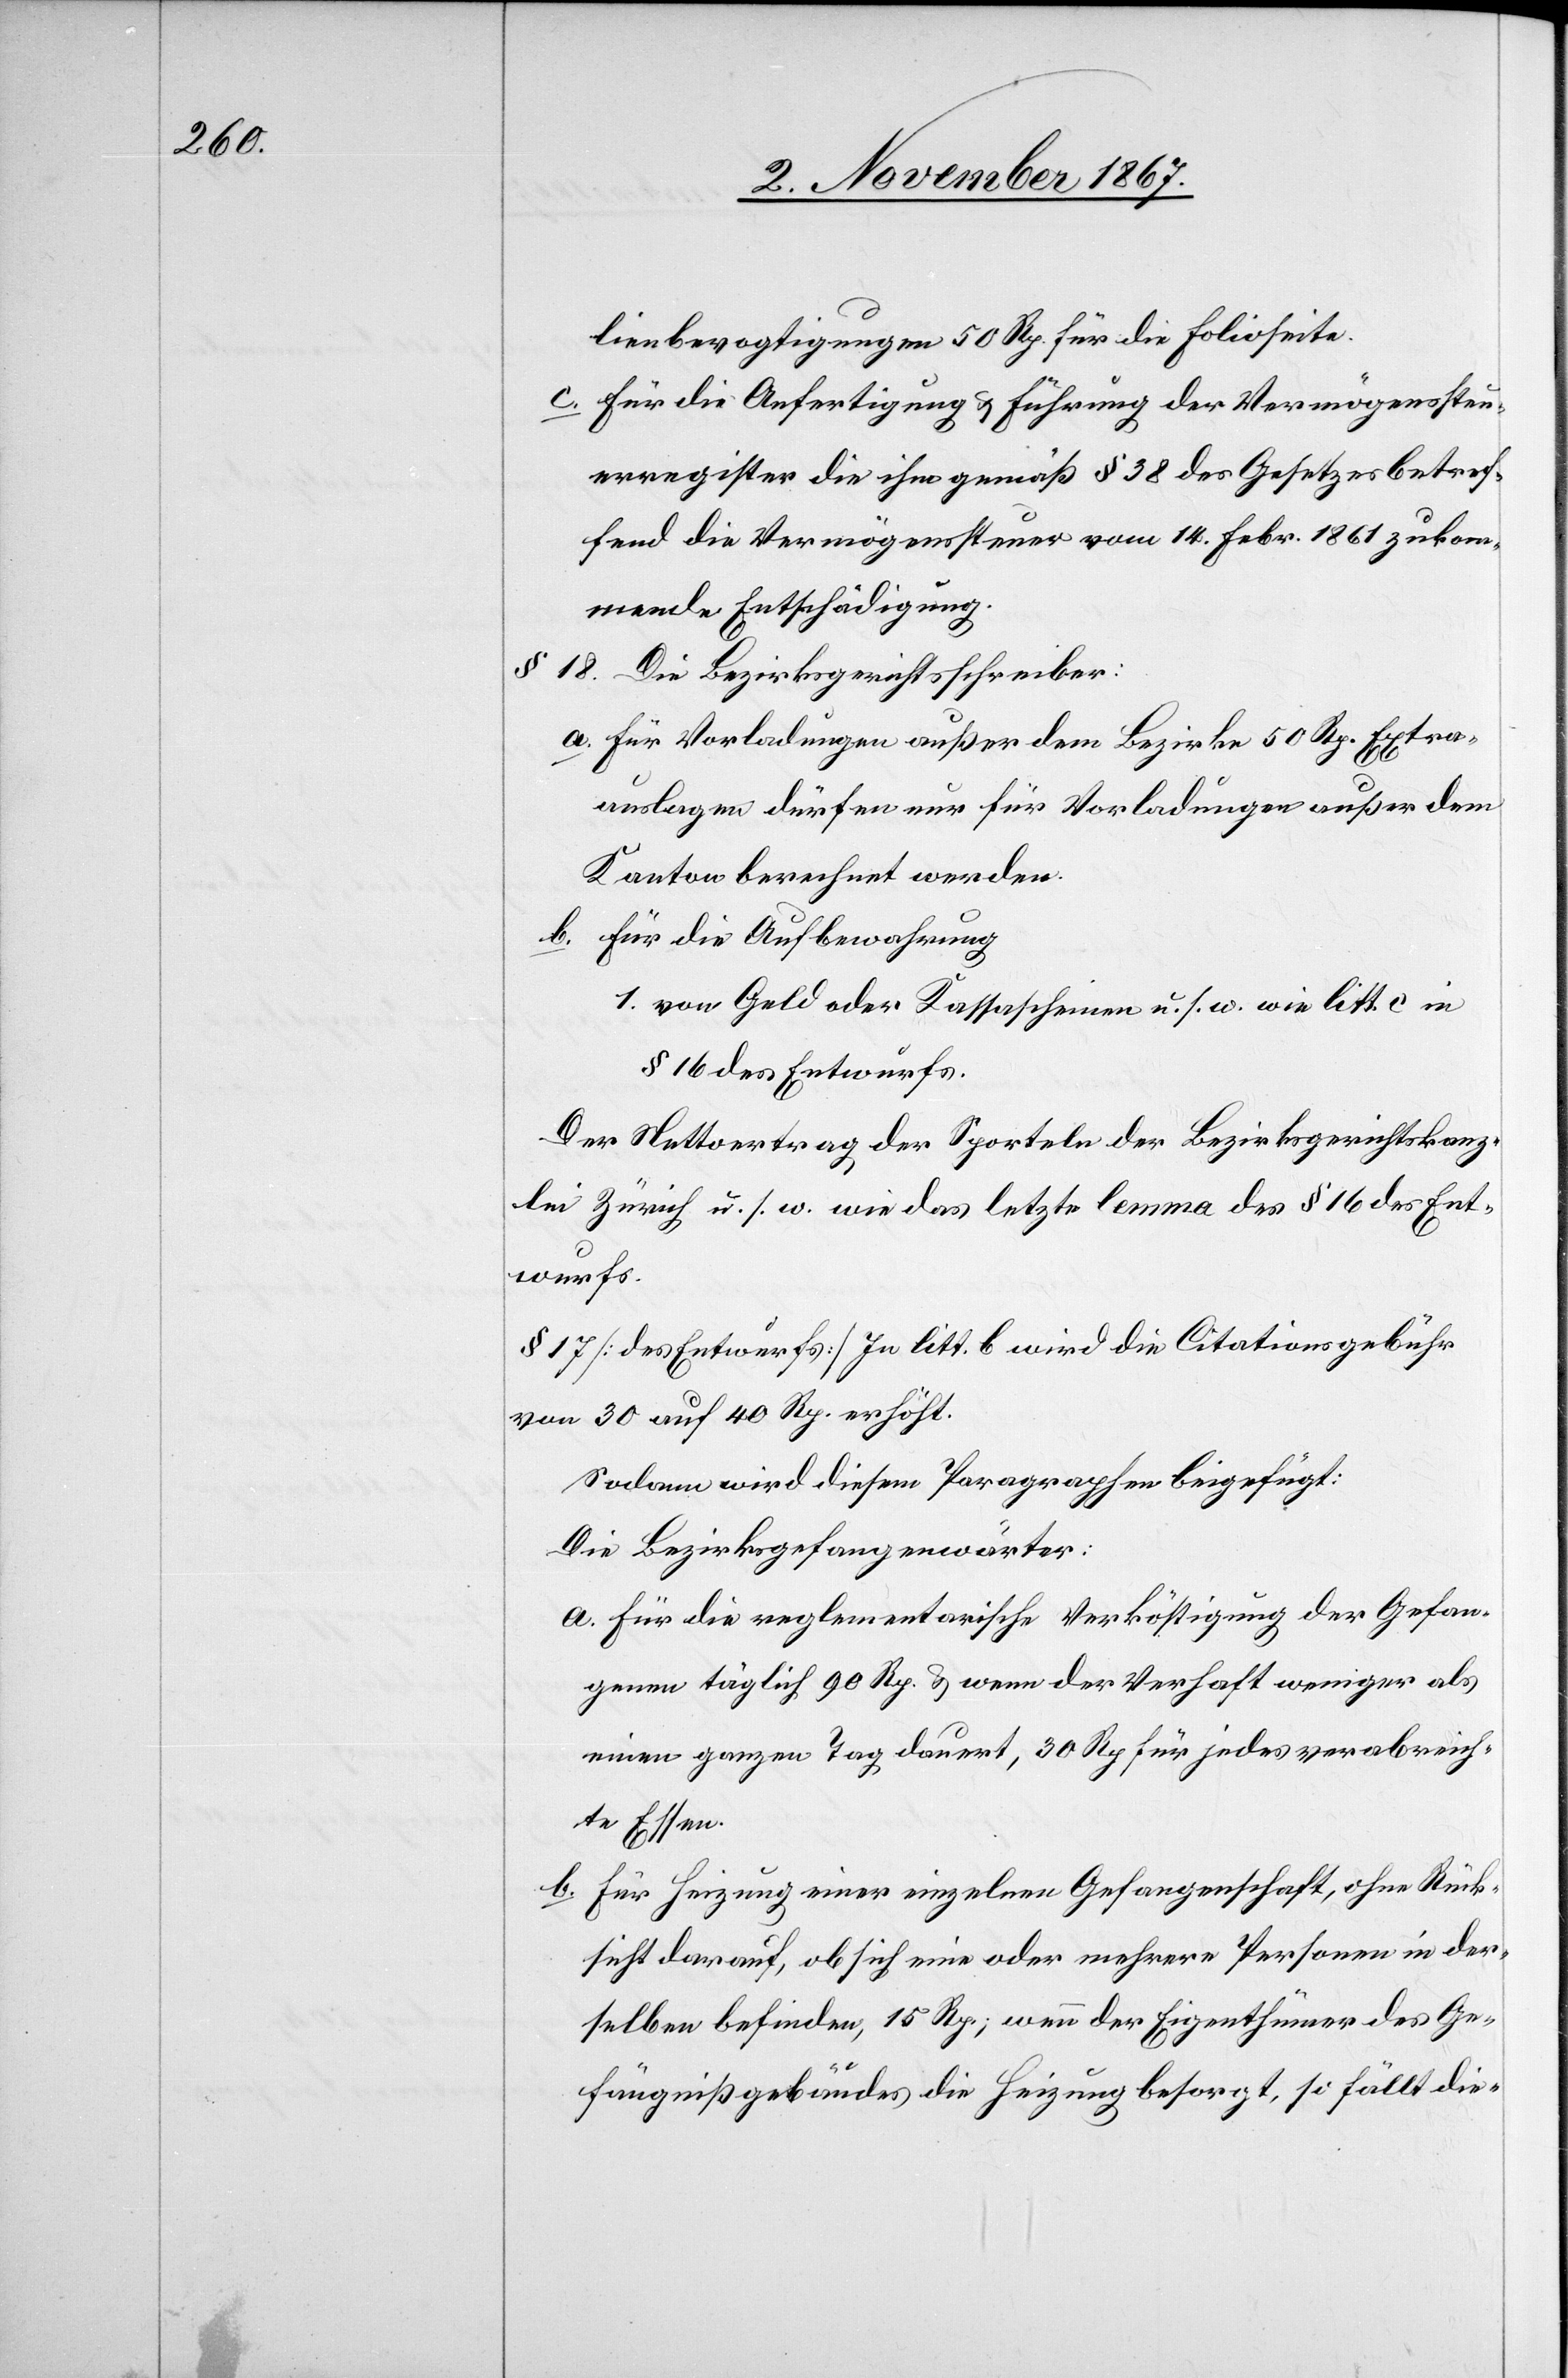
lienbevogtigungen 50 Rp. für die Folioseite.
c. für die Anfertigung u. Führung der Vermögenssteu¬
erregister die ihm gemäß § 38 des Gesetzes betref¬
fend die Vermögenssteuer vom 14. Febr 1861 zukom¬
mende Entschädigung.
§ 18. Die Bezirksgerichtsschreiber:
a. für Vorladungen außer dem Bezirke 50 Rp. Extra¬
auslagen dürfen nur für Vorladungen außer dem
Kanton berechnet werden.
b. für die Aufbewahrung
1. von Geld oder Kassascheinen u. s. w. wie litt. c in
§ 16 des Entwurfs.
Der Nettoertrag der Sporteln der Bezirksgerichtskanz¬
lei Zürich u. s. w. wie das letzte lemma des § 16 des Ent¬
wurfs.
§ 17 [des Entwurfs] In litt. b. wird die Citationsgebühr
von 30 auf 40 Rp. erhöht.
Sodann wird diesem Paragraphen beigefügt:
Die Bezirksgefangenwärter:
a. Für die reglementarische Verköstigung der Gefan¬
genen täglich 90 Rp. u. wenn der Verhaft weniger als
einen ganzen Tag dauert, 30 Rp. für jedes verabreich¬
te Essen.
b. Für Heizung einer einzelnen Gefangenschaft, ohne Rück¬
sicht darauf, ob sich eine oder mehrere Personen in der¬
selben befinden, 15 Rp.; wenn der Eigenthümer des Ge¬
fängnißgebäudes die Heizung besorgt, so fällt die-